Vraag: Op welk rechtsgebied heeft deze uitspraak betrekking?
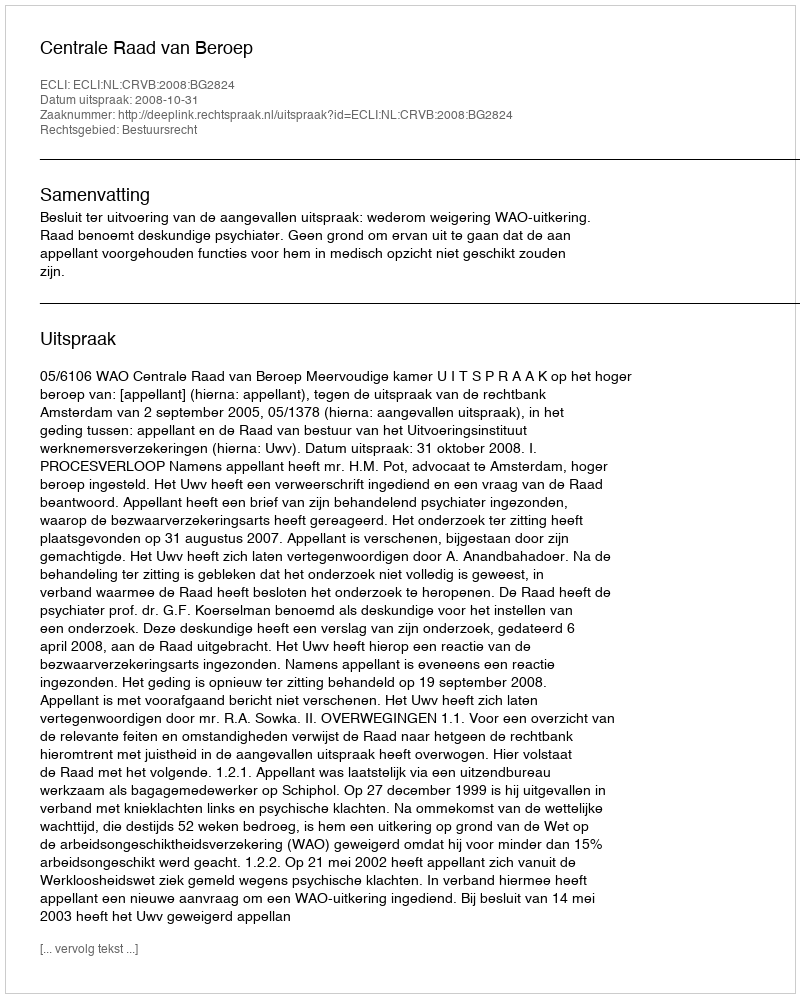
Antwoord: Bestuursrecht